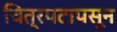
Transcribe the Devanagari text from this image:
चित्रपटापसून